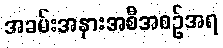
အခမ်းအနားအစီအစဉ်အရ